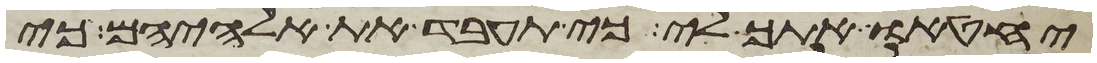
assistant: יחטיאו אתך לי כי תעבד את אלהיהם כי